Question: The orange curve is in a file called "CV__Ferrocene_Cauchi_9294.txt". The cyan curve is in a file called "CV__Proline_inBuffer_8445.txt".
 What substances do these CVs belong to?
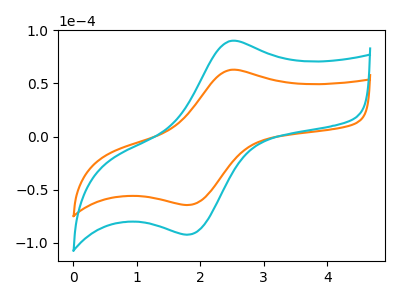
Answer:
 <answer>The orange curve is labeled "Ferrocene". The cyan curve is labeled "Proline".</answer>
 <eval></eval>